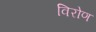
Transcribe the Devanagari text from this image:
विरोण